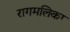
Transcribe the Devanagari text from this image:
रागमलिका